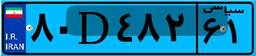
۱۷D۳۲۶۶۷